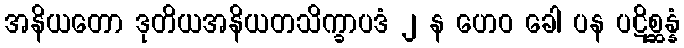
အနိယတော ဒုတိယအနိယတသိက္ခာပဒံ ၂ န ဟေဝ ခေါ ပန ပဋိစ္ဆန္နံ